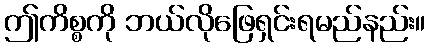
ဤကိစ္စကို ဘယ်လိုဖြေရှင်းရမည်နည်း။